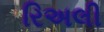
રિઅલી